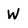
Character: W